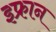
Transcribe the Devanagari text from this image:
इफ्रान